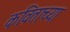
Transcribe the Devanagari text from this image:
कविताच्या